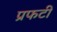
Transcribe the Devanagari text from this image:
प्रफटी